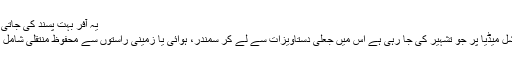
یہ آفر بہت پسند کی جاتی ہے
سوشل میڈیا پر جو تشہیر کی جا رہی ہے اس میں جعلی دستاویزات سے لے کر سمندر، ہوائی یا زمینی راستوں سے محفوظ منتقلی شامل ہے۔